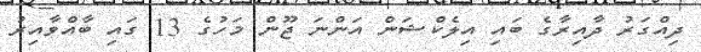
ދިއްގަރު ދާއިރާގެ ބައި އިލެކްޝަން އަންނަ ޖޫން މަހުގެ 13 ގައި ބާއްވާއިރު